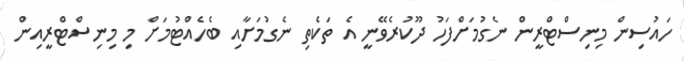
ހައުސިން މިނިސްޓްރީން ނެގުމަށްފަހު ދޫކުރެވޭނީ އެ ތަކެތި ނެގުމަށާއި ބެހެއްޓުމަށް މި މިނިސްޓްރީއިން